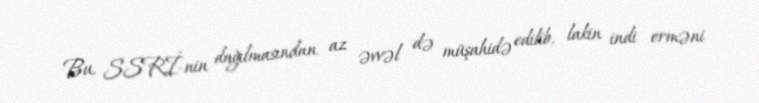
Bu, SSRİ-nin dağılmasından az əvvəl də müşahidə edilib, lakin indi erməni